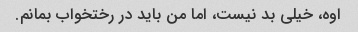
اوه، خیلی بد نیست، اما من باید در رختخواب بمانم.